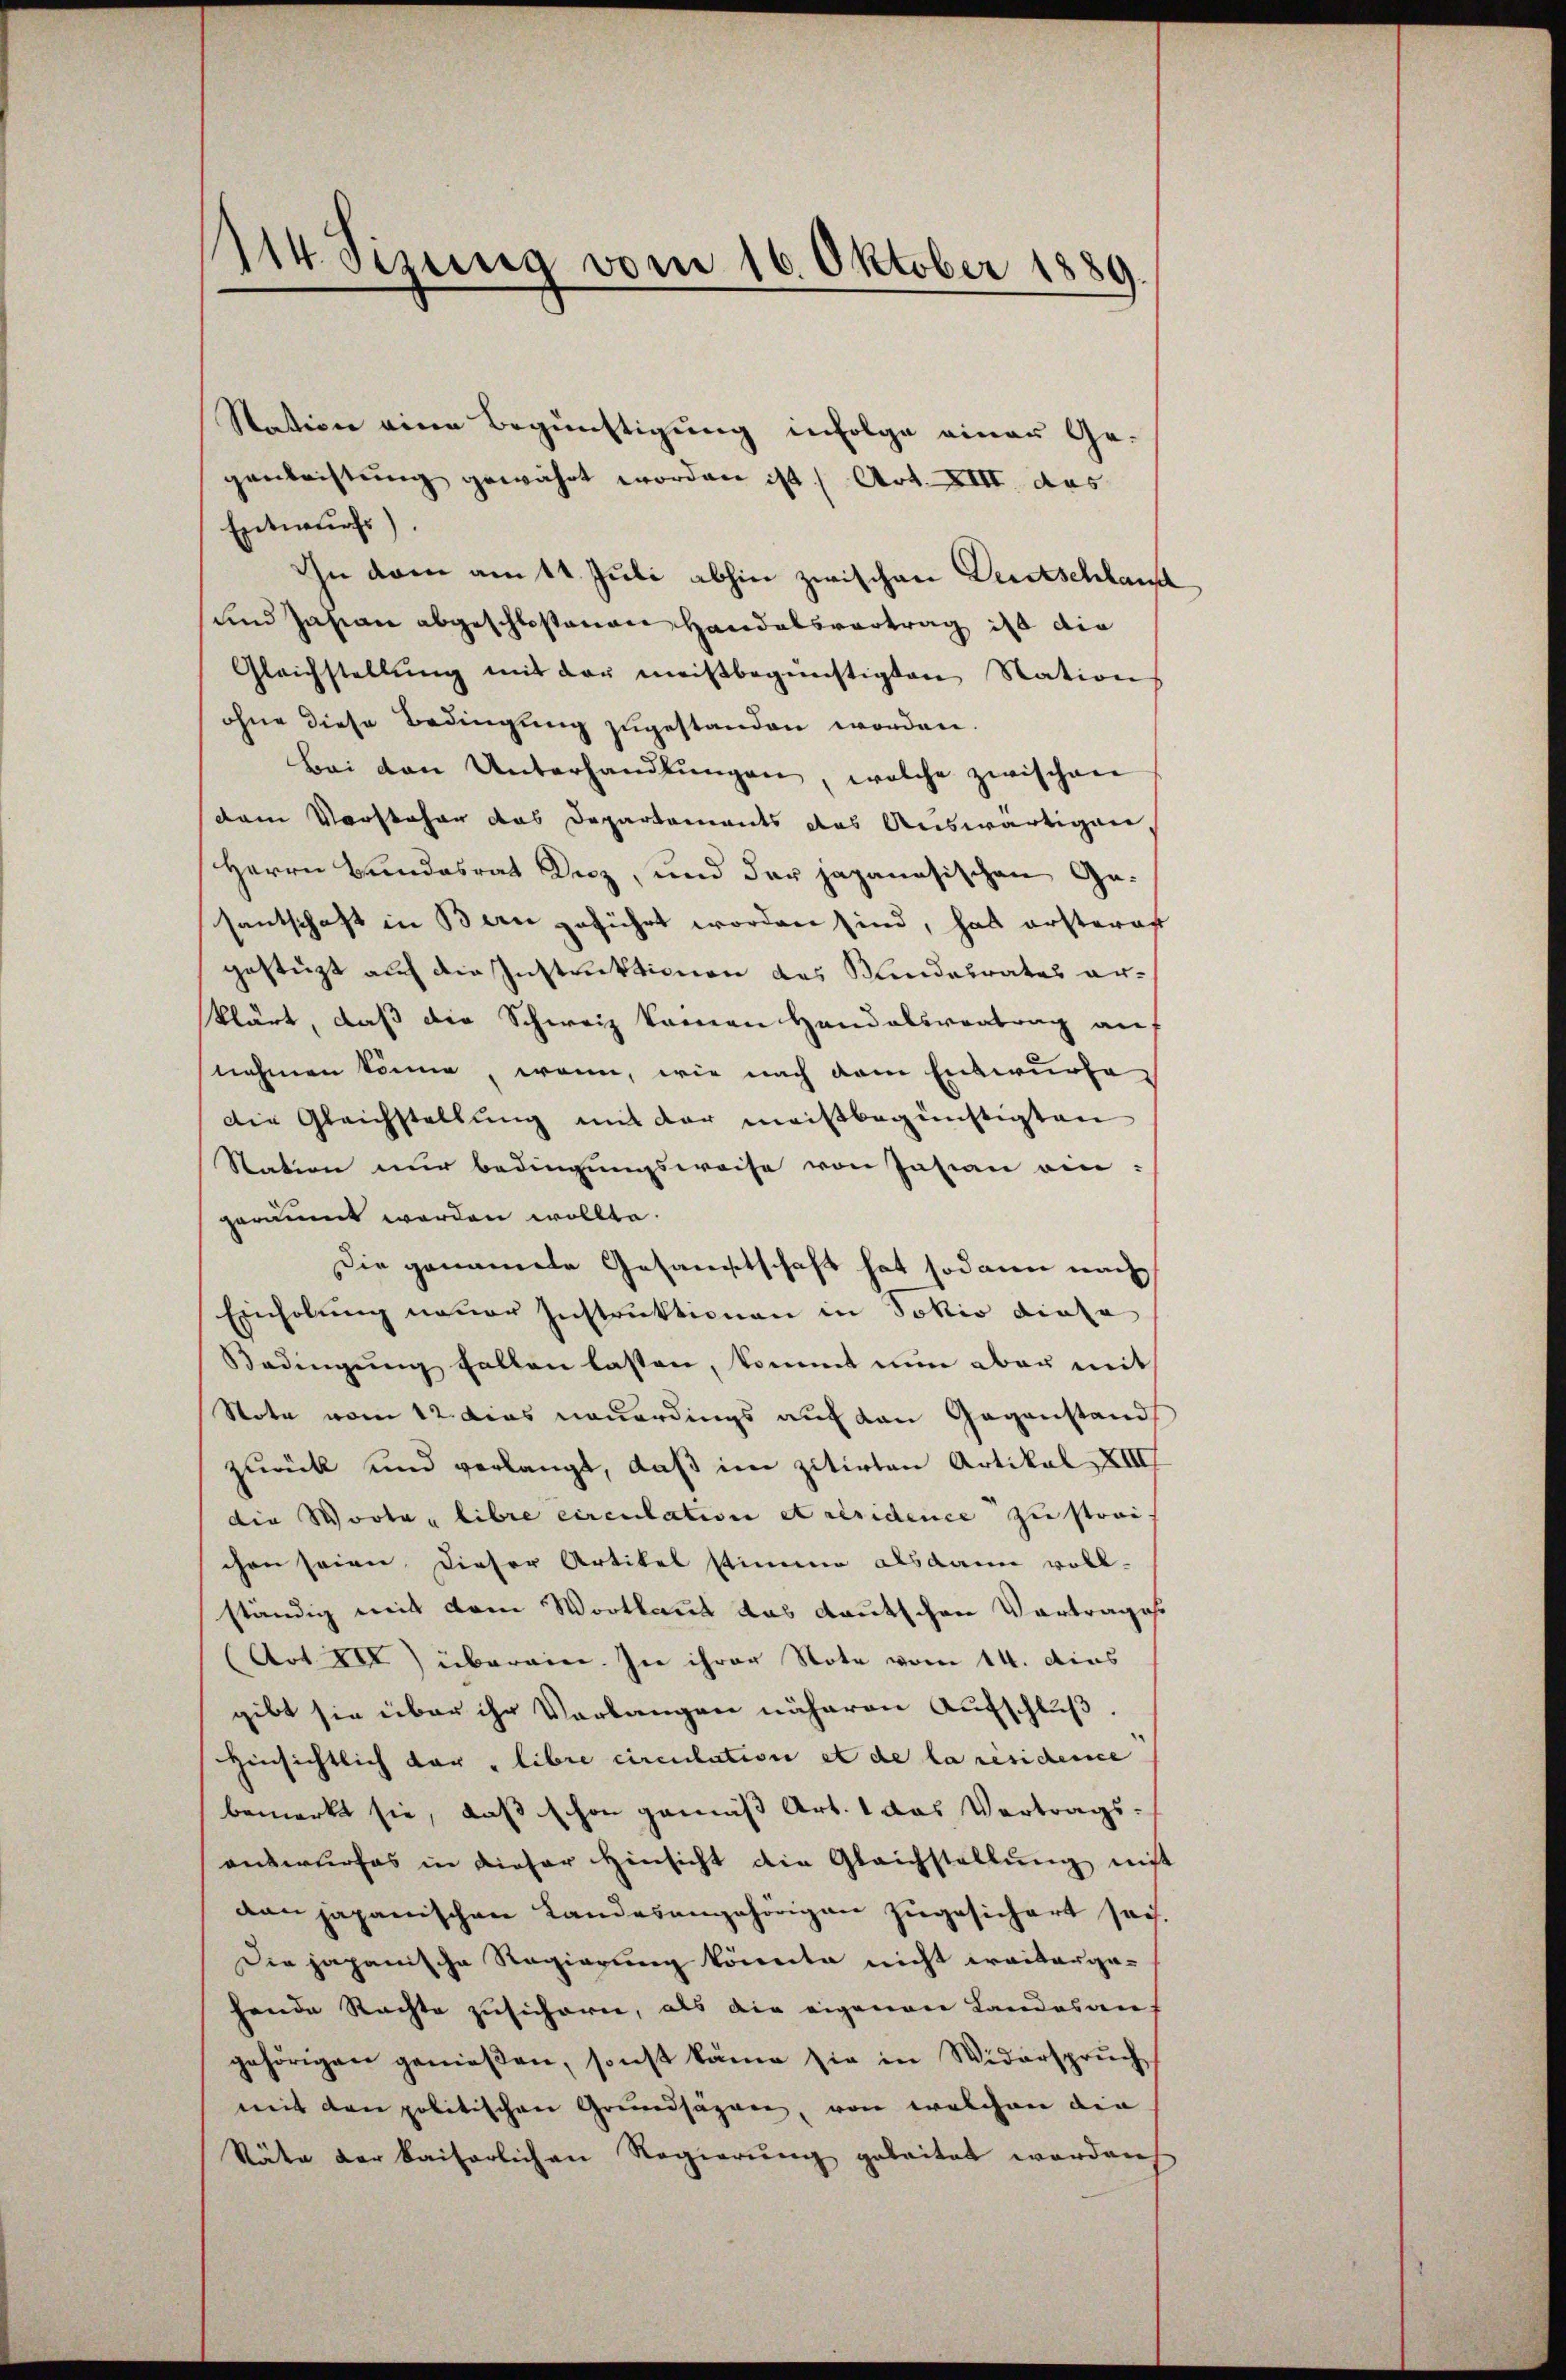
1114. Sizung vom 16. Oktober 1889

genleistung gewährt worden ist, Art. XIII. das
Entwurfs).
Ihn dem am 11. Juli abhin zwischen Deutschlauf
und Jahren abgeschlossenen Handelsvortrag ist die
Gleichstellŭng mit der meistbegünstigten Stations
ohne diese Bedingung zugestanden worden.
Bei den Unterhandlŭngen, welche zwischen
dem Vorsteher das Departements das Auswärtigen,
Herrn Bundesrat Kerz, und der japanesischen Gesantschaft in Bern geführt worden sind, hat ersterast
gestützt auf die Instruktionen des Kindebrates arklärt, daß die Schweiz kameen Handelsvortrag an
nehmen könne, wenn, wie nach dem Entwurfe
Die Gleichstellung mit der meistbegünstigten
Station nur bedingungsweise von Jasian ein:
geräumt werden wollte.
Die genamte Gesamtschaft hat sodann nach
Einholung neuer Instruktionen in Jokio diese
Bedingŭng fallen lassen, kommt nun aber mit
Note vom 12. dies neuerdings auf den Gegenstand
zurück und verlangt, daß im zitirten Artikal XIII
die Worte libre circulation et residence zu strei
chen seien dieser Artikel stimme alsdann voll-
ständig mit dem Wortlaut das deutschen Vortrages.
(Art. XI) überein. In ihrer Note vom 14. dies
gibt sie über ihr Verlangen näheren Aufschluß
Hinsichtlich der libre circulation et de la résidence
bemerkt sie, daß schon gemäß Art. 1 das Vertrags-
auswurfes in dieser Hinsicht die Gleichstellŭng nicht
dan japanischen Landesangehörigen zugesichert sei
Die japanische Regierung könnte nicht irritorgahende Rachte zusichern, als die eigenen Landesan
gehörigen genießen, sonst käme sie in Widerspruch
mit den politischen Grundsägen, von welchen die
Stäte der kaiserlichen Regierung geleitet worden

Station einen Begünstigung infolge einer Ge-